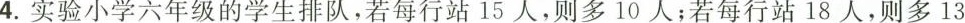
4.实验小学六年级的学生排队，若每行站15人，则多10人；若每行站18人，则多13